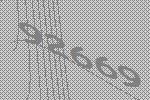
92669